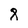
Character: 8